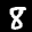
Label: 8